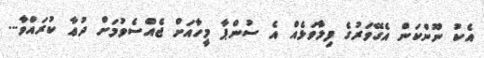
އެކު ނޫންކަން އެގޭވަރުގެ ފިލާވަޅެއް އެ ސުންޕާ މީހާއަށް ޖެއްސެވުމަށް ދުޢާ ކުރައްވާ...